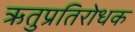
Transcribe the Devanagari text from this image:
ऋतुप्रतिरोधक